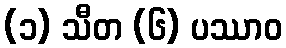
(၁) သီတ (၆) ပဿာဝ